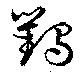
鸜